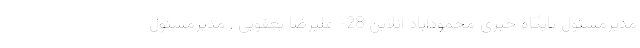
مدیرمسئول پایگاه خبری محمودآباد آنلاین 28- علیرضا یعقوبی , مدیرمسئول